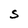
Character: S